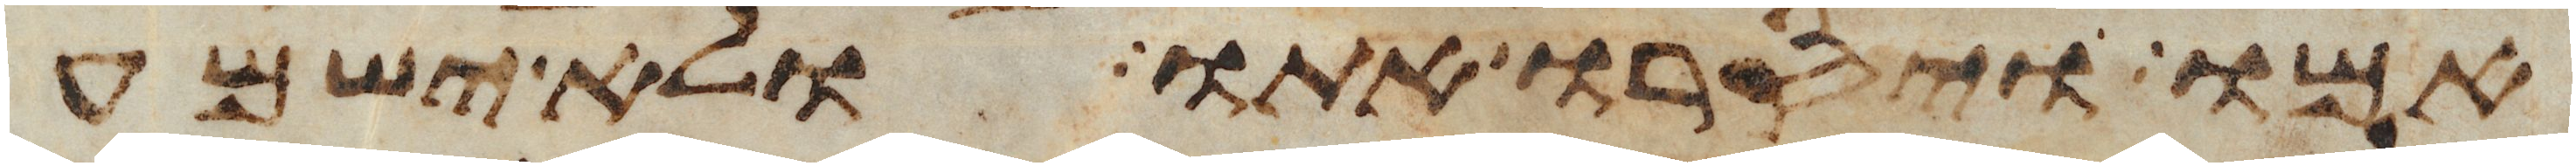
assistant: אמו ויסרו אתו ולא ישמע